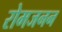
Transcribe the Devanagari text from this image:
रोमजनन